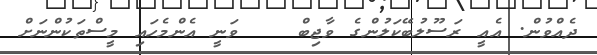
ދެއްވުން. އެއީ ރަސޫލުބޭކަލުންގެ ވާޖިބް    ވަނީ އެންމެހައި މީސްތަކުންނަށް